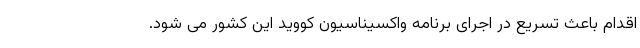
اقدام باعث تسریع در اجرای برنامه واکسیناسیون کووید این کشور می شود.